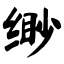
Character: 缈